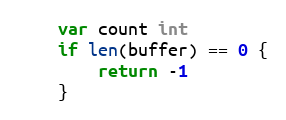
Language: Go
	var count int
	if len(buffer) == 0 {
		return -1
	}